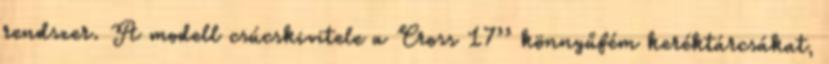
rendszer. A modell csúcskivitele a Cross 17’’ könnyűfém keréktárcsákat,